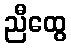
ညီထွေ